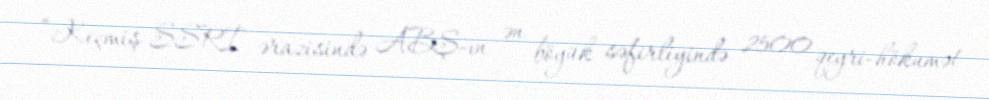
“Keçmiş SSRİ ərazisində ABŞ-ın ən böyük səfirliyində 2500 qeyri-hökumət